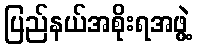
ပြည်နယ်အစိုးရအဖွဲ့